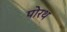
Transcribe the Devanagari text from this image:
पोरथ